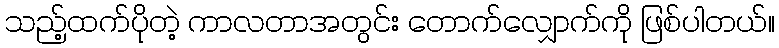
သည့်ထက်ပိုတဲ့ ကာလတာအတွင်း တောက်လျှောက်ကို ဖြစ်ပါတယ်။